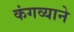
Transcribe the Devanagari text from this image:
कंगव्याने